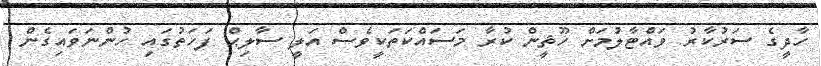
ހާދީގެ ސަރުކާރު ވައްޓާލުމަށް ހޫޘީން ކުރާ މަސައްކަތަކީވެސް އަލީ ސާލިޙް ފަހަތުގައި ހުންނަވައިގެން